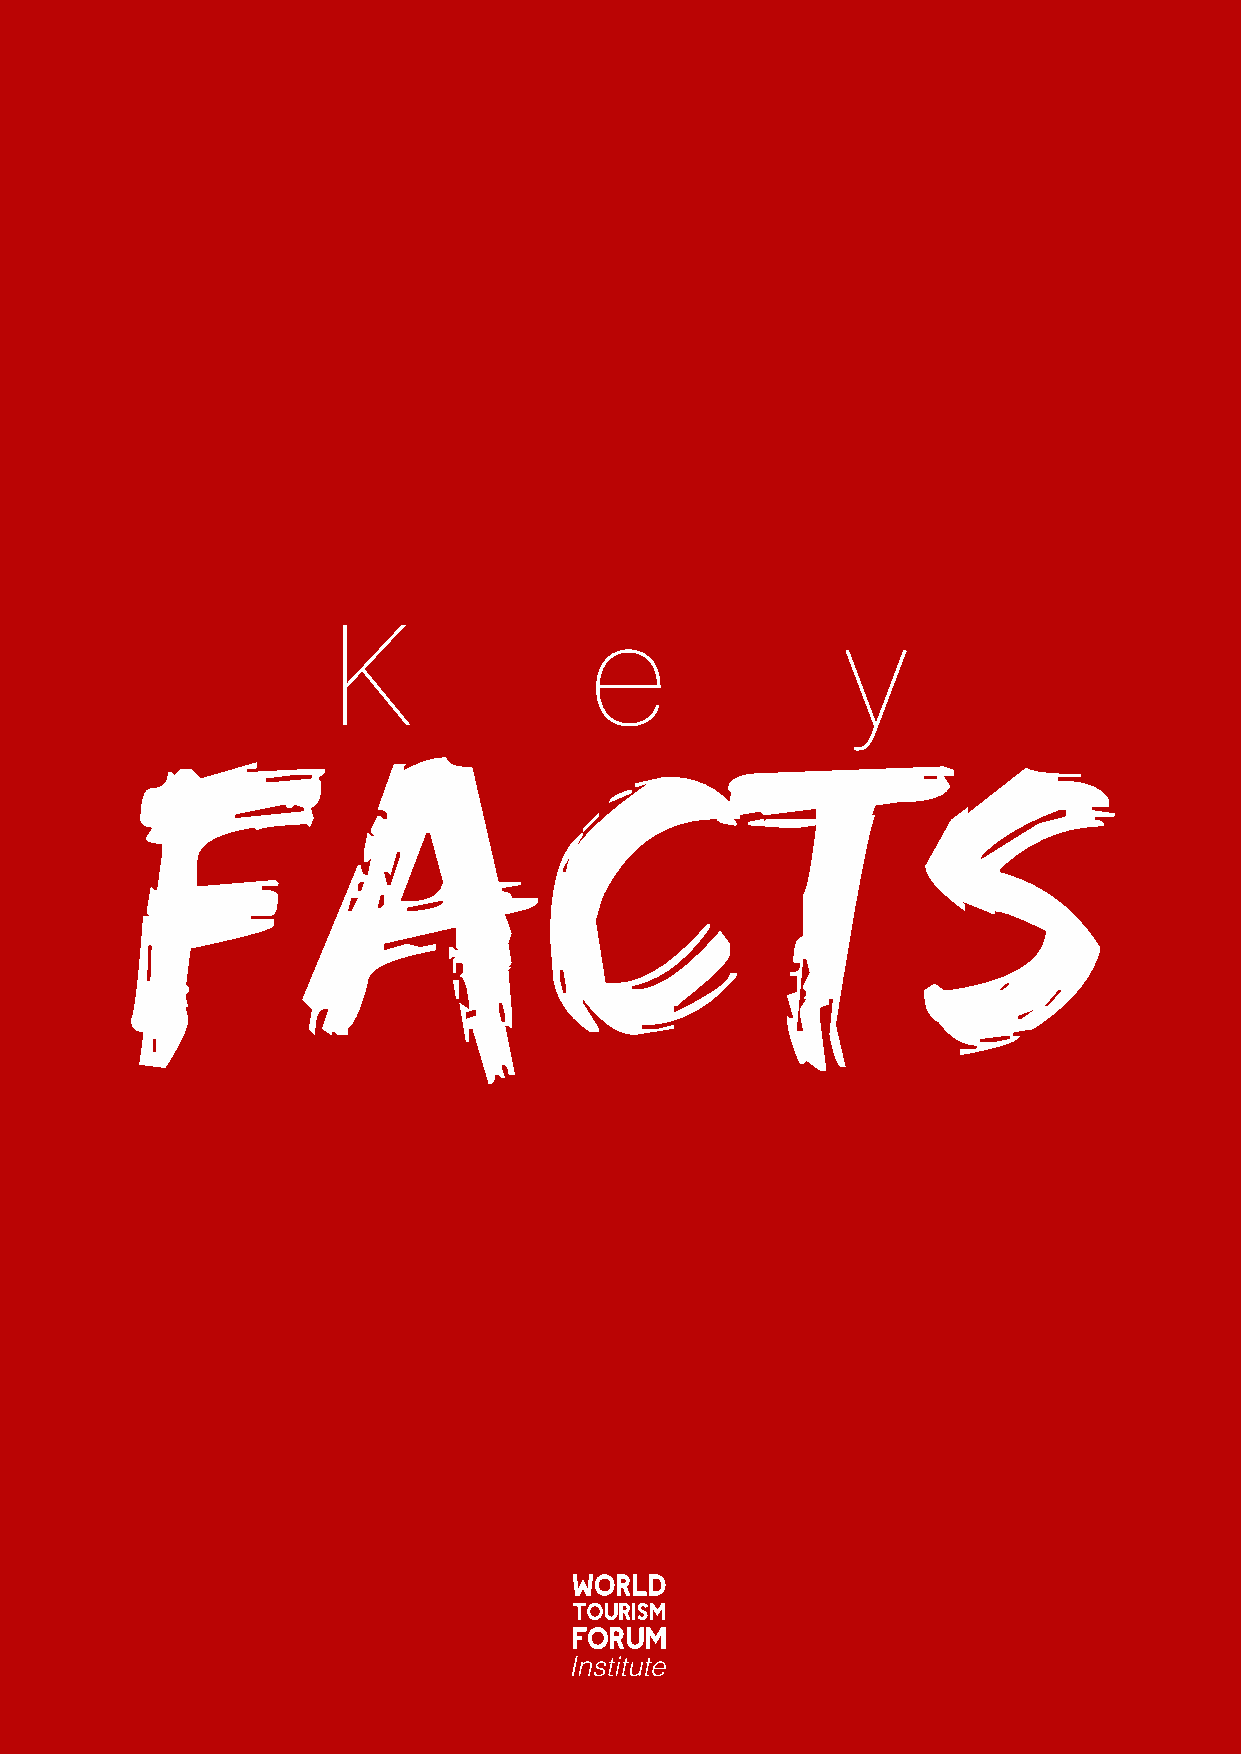
K                e                y
 Facts